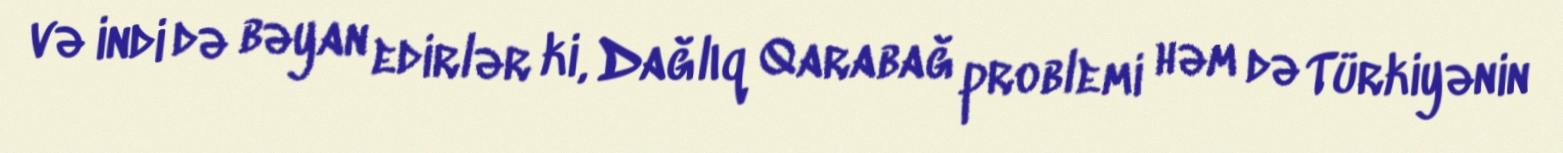
və indi də bəyan edirlər ki, Dağlıq Qarabağ problemi həm də Türkiyənin